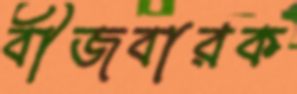
বীজবারক